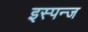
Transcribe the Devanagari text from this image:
इस्पन्ज